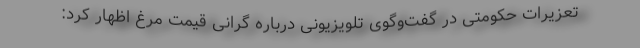
تعزیرات حکومتی در گفت‌وگوی تلویزیونی درباره گرانی قیمت مرغ اظهار کرد: